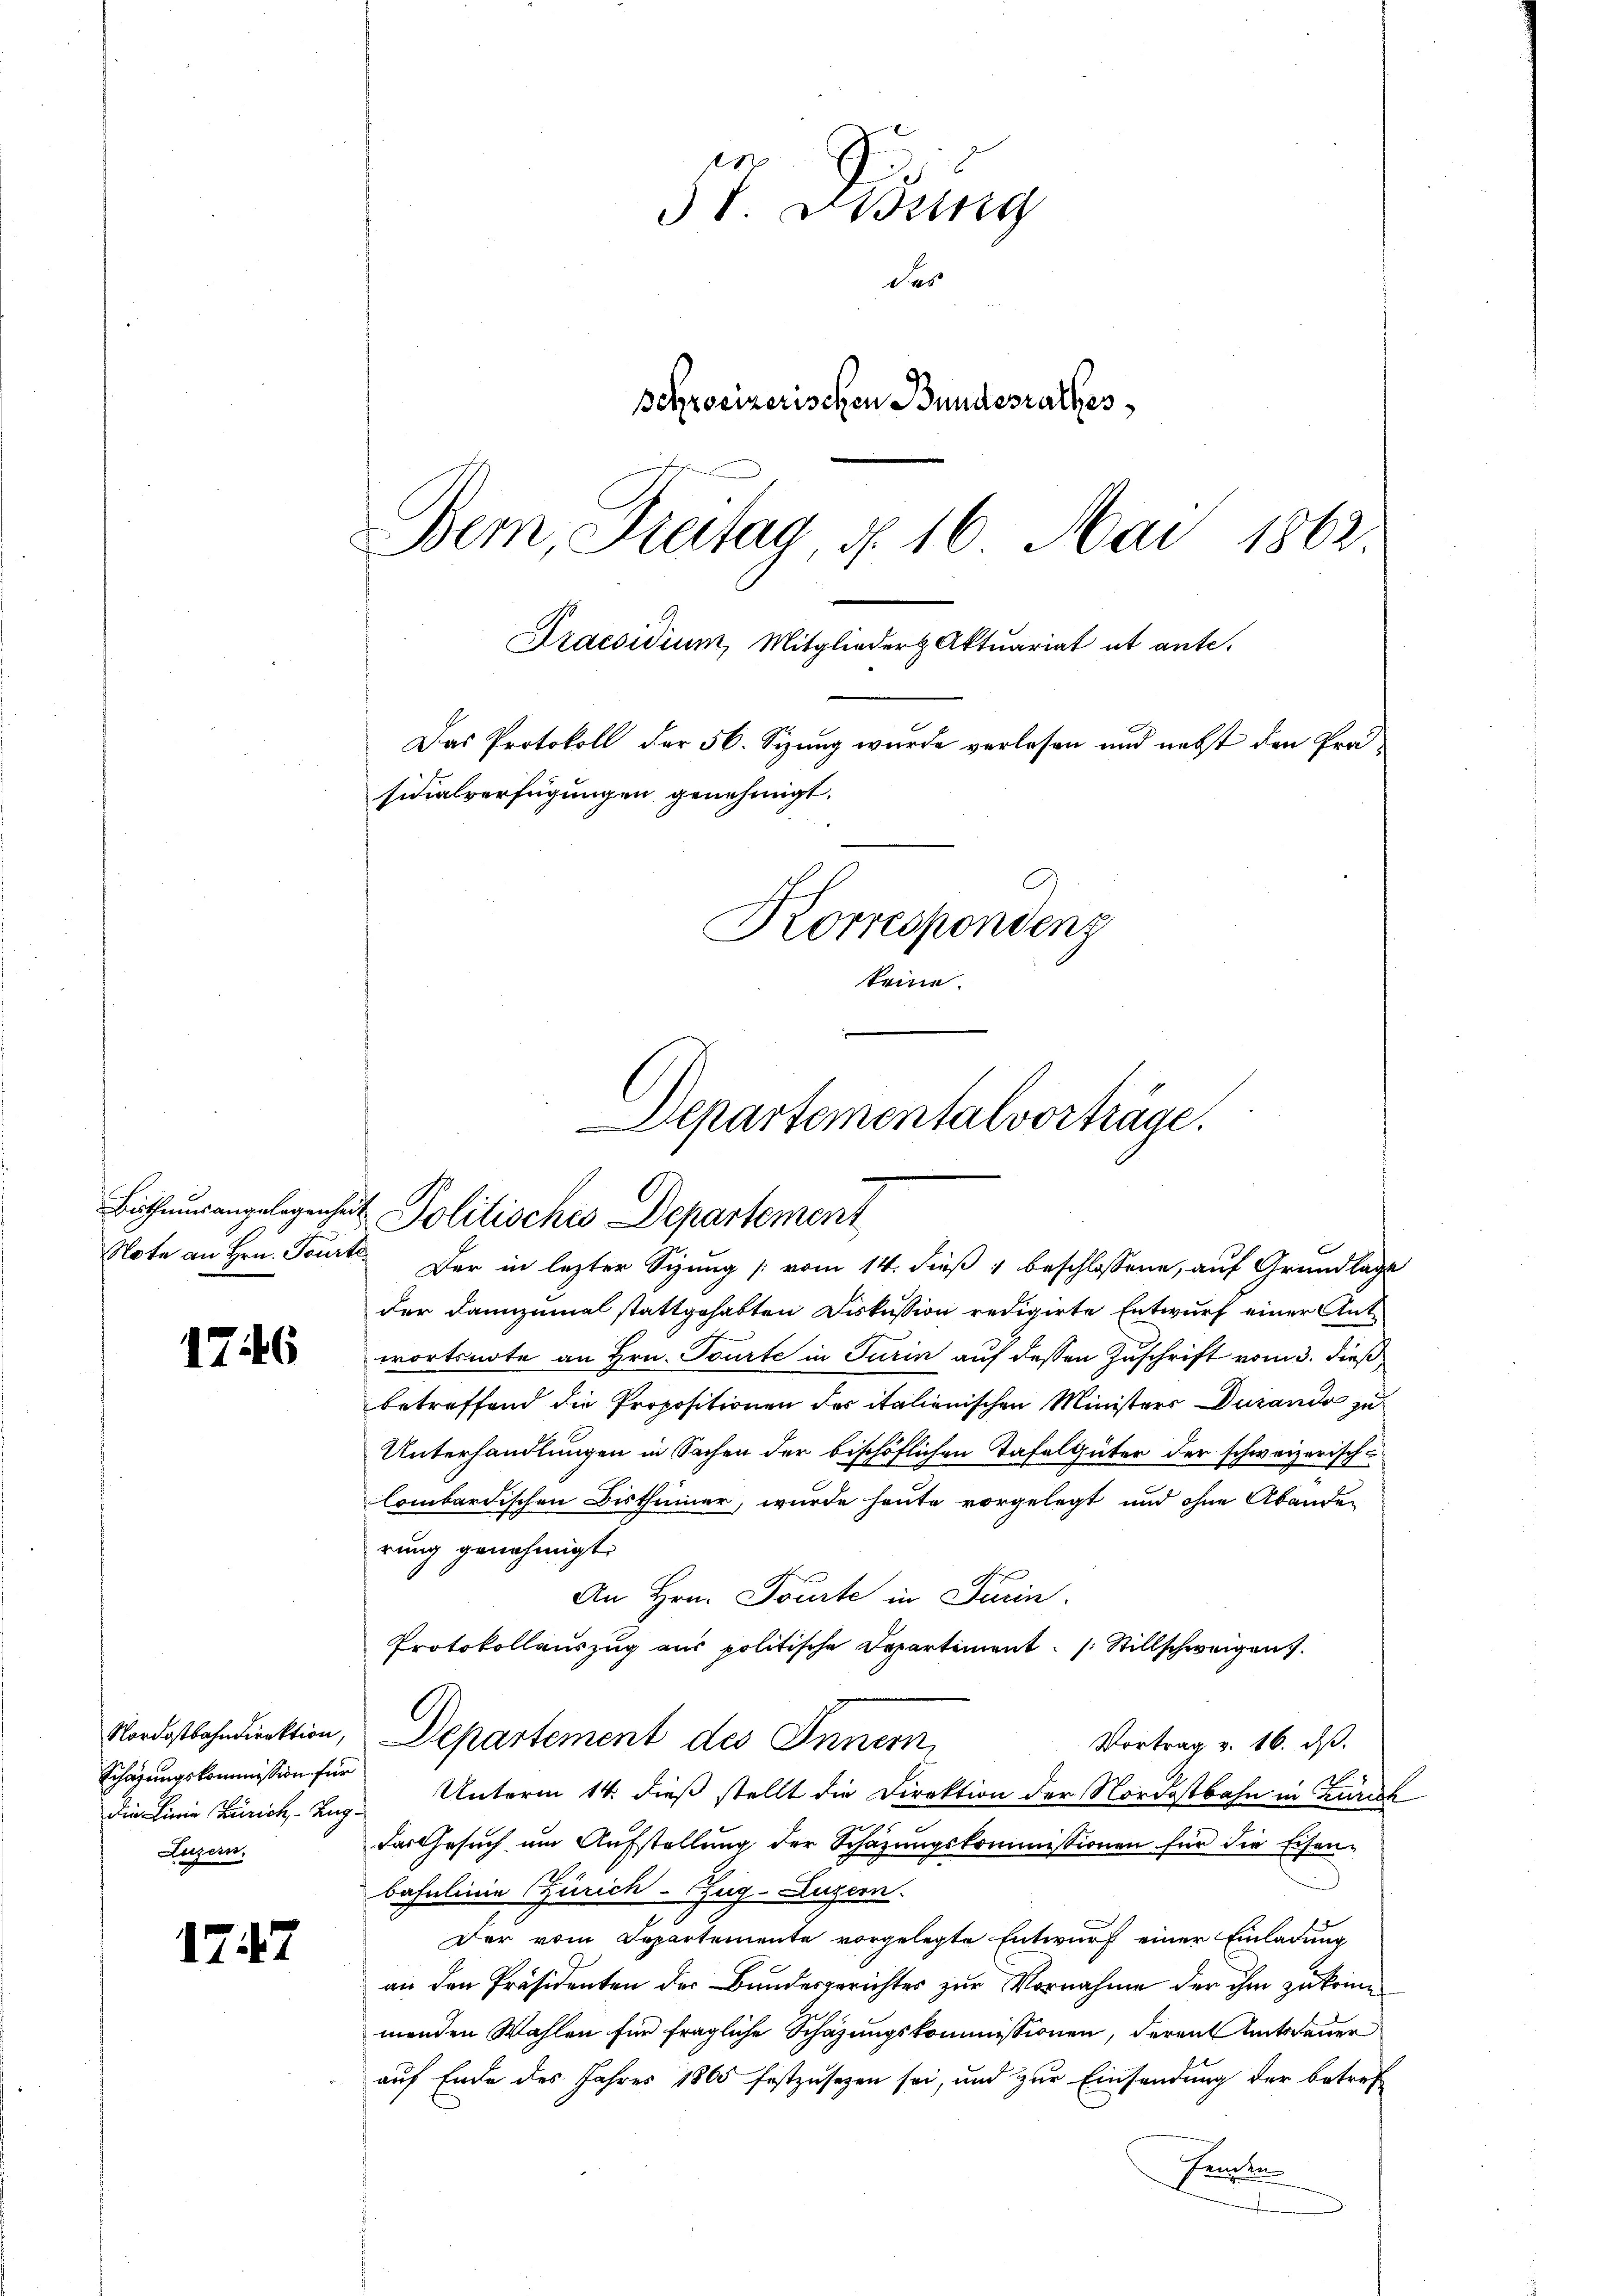
Note an Hrn. Tourte

1746

Nordostbahndirektion,
Schazungskommission für
Luzern.

1247

57 Didung
des
Schreizerischen Bundesrathes
Bem, Dreitag, d. 16. Mai 1862.
Praesidium, Mitglieder Aktuariat et ante.
Das Protokoll der 56. Sizung wurde verlesen und nebst den Präsidialverfügungen genehmigt.
Korrespondenz
keine.

Departementalvorträge.
Bisthumsangelegenheit Politisches Departement

Der in letzter Sizung [vom 14. dieß 1 beschlossene, auf Grundlage
der dannzumal stattgehabten Diskussion redigirte Entwurf einer Antwortsnote an Hrn. Tourte in Turin auf dessen Zuschrift vom 3. dieß
betreffend die Propositionen der italienischen Ministers Durando zu
Unterhandlungen in Sachen der bischöflichen Tafelgüter der schweizerisch-
lombardischen Bisthümer, wurde heute vorgelegt und ohne Abänden
rung genehmigt.
An Hrn. Tourte in Turin
Protokollauszug aus politische Departiment /: Stillschweigen
Departement des Innern,
Vortrag v. 16. ds.
die Linie Zürich, - Ing. Unterm 14. dieß stellt die Direktion der Nordostbahn in Zürich
das Gesuch um Aufstellung der Schazungskommissionen für die Eisen-
bahnlinie Zürich–Zug–Luzern.
Der vom Departemente vorgelegte Entwurf einer Einladung
an den Präsidenten der Bundesgerichtes zur Vornahme der ihm zukomme
menden Wahlen für fragliche Schazungskommissionen, deren Amtsdauer
auf Ende des Jahres 1865 festzusehen sei, und zur Einsendung der betref
Fenden